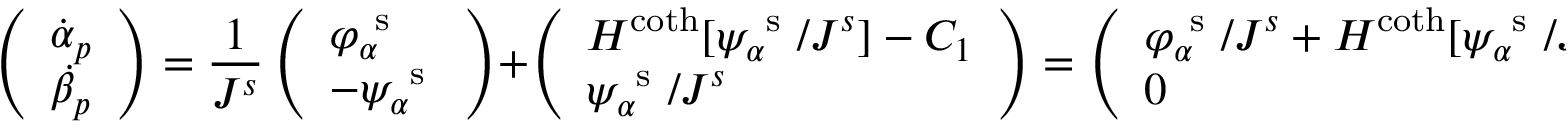
\left( \begin{array} { l } { \dot { \alpha } _ { p } } \\ { \dot { \beta } _ { p } } \end{array} \right) = \frac { 1 } { J ^ { s } } \left( \begin{array} { l } { \varphi _ { \alpha } ^ { \mathrm { ~ s ~ } } } \\ { - \psi _ { \alpha } ^ { \mathrm { ~ s ~ } } } \end{array} \right) + \left( \begin{array} { l } { H ^ { \coth } [ \psi _ { \alpha } ^ { \mathrm { ~ s ~ } } / J ^ { s } ] - C _ { 1 } } \\ { \psi _ { \alpha } ^ { \mathrm { ~ s ~ } } / J ^ { s } } \end{array} \right) = \left( \begin{array} { l } { \varphi _ { \alpha } ^ { \mathrm { ~ s ~ } } / J ^ { s } + H ^ { \coth } [ \psi _ { \alpha } ^ { \mathrm { ~ s ~ } } / J ^ { s } ] - C _ { 1 } } \\ { 0 } \end{array} \right) .